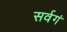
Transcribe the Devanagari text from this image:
सर्वगं